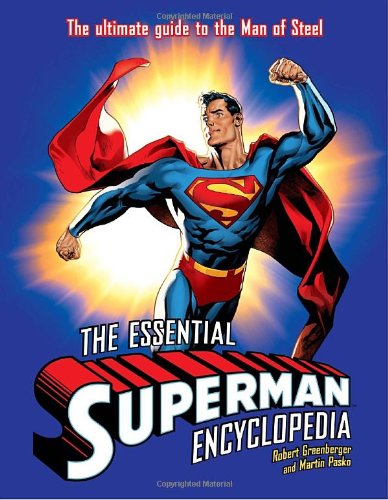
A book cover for The Essential Superman Encyclopedia; Robert Greenberger; Reference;